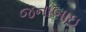
જનાબાઇ